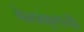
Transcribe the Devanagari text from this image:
बेराक्रुथची